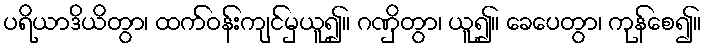
ပရိယာဒိယိတွာ၊ ထက်ဝန်းကျင်မှယူ၍။ ဂဏှိတွာ၊ ယူ၍။ ခေပေတွာ၊ ကုန်စေ၍။